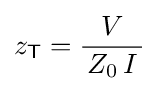
z_{\mathsf {T}}={\frac {V}{\,Z_{0}\,I\,}}